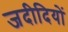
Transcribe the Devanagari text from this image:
जदीदियों